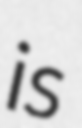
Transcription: is